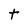
Character: t